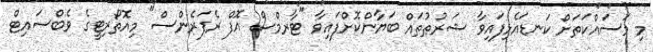
މި މަސައްކަތަށް ކަނޑައެޅިފައިވާ ޝަރުޠުތައް ބަޔާންކޮށްފައިވާ "ޓާރމްސް އޮފް ރެފަރެންސް" މިއޮތޯރިޓީގެ ވެބްސައިޓް